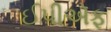
ઈપીએફ